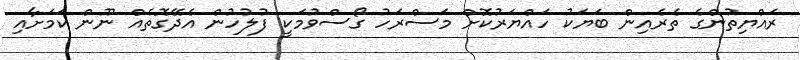
ރައްޔިތުންގެ ތެރެއިން ބަޔަކު ހައްޔަރުކޮށް މަސްރަހު ގޯސްވުމަކީ ފުލުހުން އެދޭގޮތެެއް ނޫން ކަމަށާއި